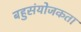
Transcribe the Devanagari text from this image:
बहुसंयोजकता